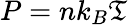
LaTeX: P=nk_{B}\mathfrak{T}